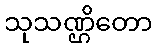
သုသဏ္ဌိတော